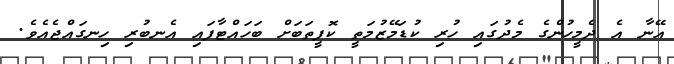
އޭނާ އެ ދެމީހުންގެ މެދުގައި ހުރި ކުޑަމޭޒުމަތީ ކޮފީތަބަށް ބަހައްޓާފައި އެނބުރި ހިނގައްޖެއެވެ.